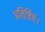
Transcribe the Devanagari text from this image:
प्रतिष्ठितं।